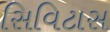
સિવિટાસ